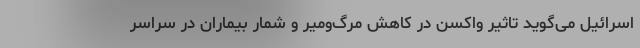
اسرائیل می‌گوید تاثیر واکسن در کاهش مرگ‌ومیر و شمار بیماران در سراسر